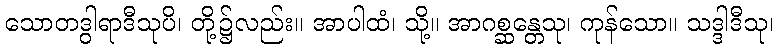
သောတဒွါရာဒီသုပိ၊ တို့၌လည်း။ အာပါထံ၊ သို့။ အာဂစ္ဆန္တေသု၊ ကုန်သော။ သဒ္ဒါဒီသု၊